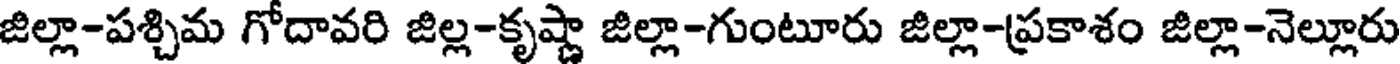
జిల్లా-పశ్చిమ గోదావరి జిల్ల-కృష్ణా జిల్లా-గుంటూరు జిల్లా-ప్రకాశం జిల్లా-నెల్లూరు